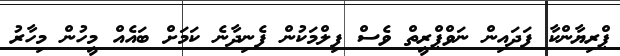
ޕްރިޔާންކާ ފަދައިން ނަވްޕްރީތް ވެސް ފިލްމަކުން ފެނިދާނެ ކަމަށް ބައެއް މީހުން މިހާރު